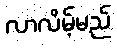
လာလိမ့်မည်